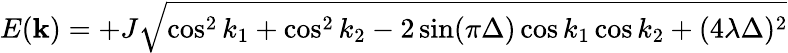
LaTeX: E({\mathbf k})=+J\sqrt{\cos^{2}k_{1}+\cos^{2}k_{2}-2\sin(\pi\Delta)\cos k_{1}\cos k_{2}+(4\lambda\Delta)^{2}}